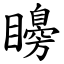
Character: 矏